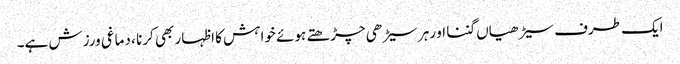
ایک طرف سیڑھیاں گننا او رہر سیڑھی چڑھتے ہوئے خواہش کا اظہار بھی کرنا ، دماغی ورزش ہے۔